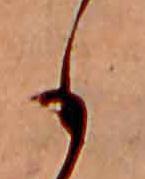
も